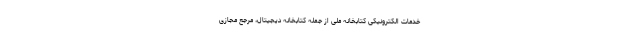
خدمات الکترونیکی کتابخانه ملی از جمله کتابخانه دیجیتال، مرجع مجازی